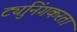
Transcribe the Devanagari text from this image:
ट्युनिंगकरता